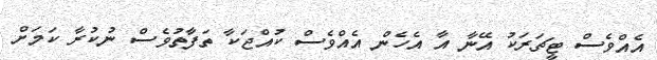
އެއްވެސް ޓީޗަރަކު އޭނާ އާ އެހެން އެއްވެސް ކުއްޖަކާ ތަފާތުވެސް ނުކުރާ ކަމަށް